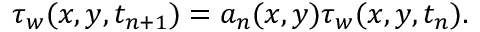
\tau _ { w } ( x , y , t _ { n + 1 } ) = a _ { n } ( x , y ) \tau _ { w } ( x , y , t _ { n } ) .